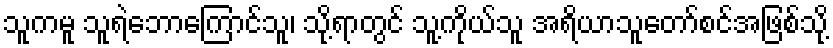
သူကမူ သူရဲဘောကြောင်သူ၊ သို့ရာတွင် သူ့ကိုယ်သူ အရိယာသူတော်စင်အဖြစ်သို့